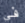
في